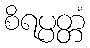
စိရပ္ပတ္တံ